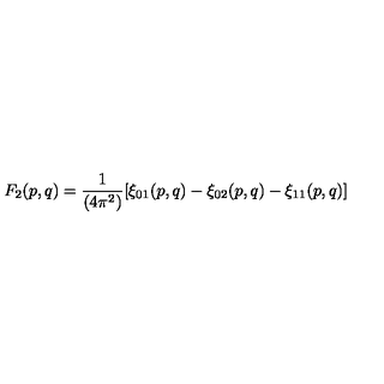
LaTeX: F _ { 2 } ( p , q ) = { \frac { 1 } { ( 4 \pi ^ { 2 } ) } } [ \xi _ { 0 1 } ( p , q ) - \xi _ { 0 2 } ( p , q ) - \xi _ { 1 1 } ( p , q ) ]